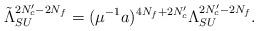
LaTeX: \begin{align*} \tilde{\Lambda}_{SU}^{2N_c'-2N_f}=(\mu^{-1}a)^{4N_f+2N_c'} \Lambda_{SU}^{2N_c'-2N_f}.\end{align*}